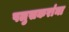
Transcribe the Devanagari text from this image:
पलुसकरांना